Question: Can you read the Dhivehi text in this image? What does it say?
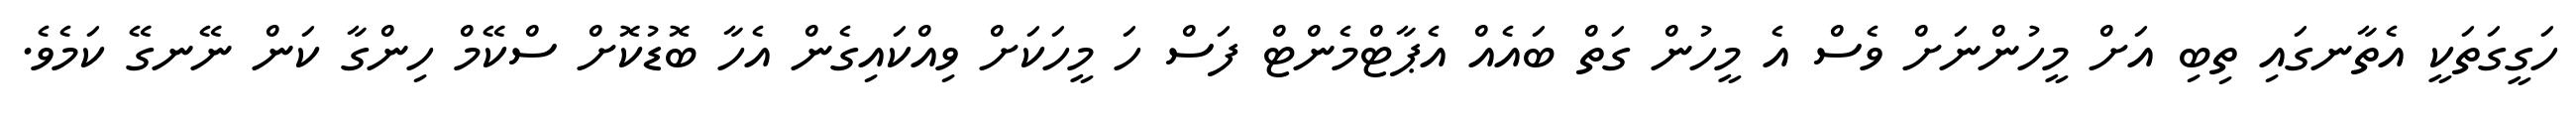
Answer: ހަގީގަތަކީ އެތާނގައި ތިބި އަށް މީހުންނަށް ވެސް އެ މީހުން ގަތް ބައެއް އެޕާޓްމެންޓް ފަސް ހަ މީހަކަށް ވިއްކައިގެން އެހާ ބޮޑުކޮށް ސްކޭމް ހިންގާ ކަން ނޭނގޭ ކަމެވެ.